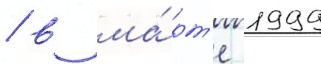
/ в ма́рт'е 1999